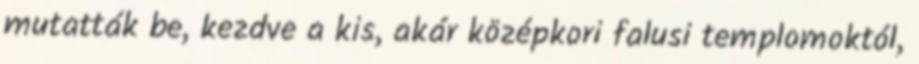
mutatták be, kezdve a kis, akár középkori falusi templomoktól,